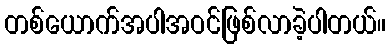
တစ်ယောက်အပါအဝင်ဖြစ်လာခဲ့ပါတယ်။